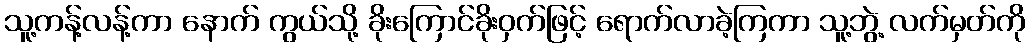
သူ့ကန့်လန့်ကာ နောက် ကွယ်သို့ ခိုးကြောင်ခိုးဝှက်ဖြင့် ရောက်လာခဲ့ကြကာ သူ့ဘွဲ့ လက်မှတ်ကို